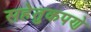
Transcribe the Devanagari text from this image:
सहेतुकपणे